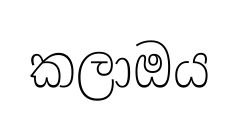
කලාඔය